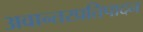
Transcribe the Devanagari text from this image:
अवान्तरप्रतिपादन